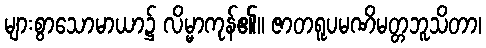
များစွာသောမာယာ၌ လိမ္မာကုန်၏။ ဇာတရူပမဏိမတ္တဘူသိတာ၊